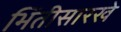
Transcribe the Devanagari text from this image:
भिंतीसारखे